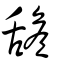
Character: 舚